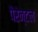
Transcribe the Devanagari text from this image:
पैरेन्टल